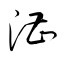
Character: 漕